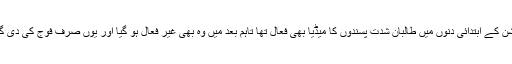
تجزیہ کار عامر رانا کا کہنا ہے کہ آپریشن کے ابتدائی دنوں میں طالبان شدت پسندوں کا میڈیا بھی فعال تھا تاہم بعد میں وہ بھی غیر فعال ہو گیا اور یوں صرف فوج کی دی گئی معلومات پر انحصار کرنا پڑ رہا ہے۔